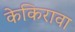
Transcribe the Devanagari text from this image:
केकिरावा